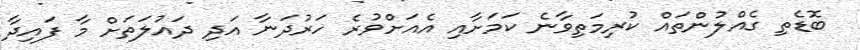
ބޮޑެތި ގެއްލުންތައް ކުރިމަތިވާނެ ކަމަށާއި އެއަށްވުރެ ހަރުދަނާ އަދި ދައުލަތަށް މާ ފައިދާ